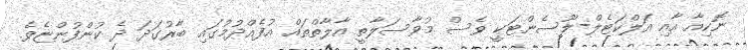
ނޮކިއާ އާއި އަލްކަޓެލް-ލޫސެންޓަކީ ވެސް މުވާސަލާތީ އާލާތްތައް އުފެއްދުމުގައި ބާރުގަދަ ދެ ކުންފުންޏެވެ.